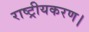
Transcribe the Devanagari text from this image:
राष्ट्रीयकरण।